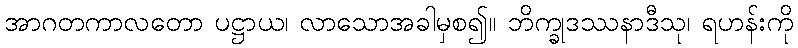
အာဂတကာလတော ပဋ္ဌာယ၊ လာသောအခါမှစ၍။ ဘိက္ခုဒဿနာဒီသု၊ ရဟန်းကို